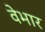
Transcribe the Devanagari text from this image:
वेभार